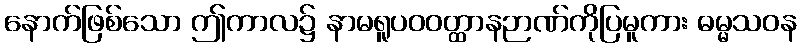
နောက်ဖြစ်သော ဤကာလ၌ နာမရူပဝဝတ္ထာနဉာဏ်ကိုပြမူကား ဓမ္မသဝန